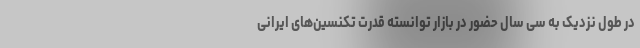
در طول نزدیک به سی سال حضور در بازار توانسته قدرت تکنسین‌های ایرانی